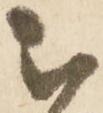
被